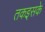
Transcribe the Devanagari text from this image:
तकइसके